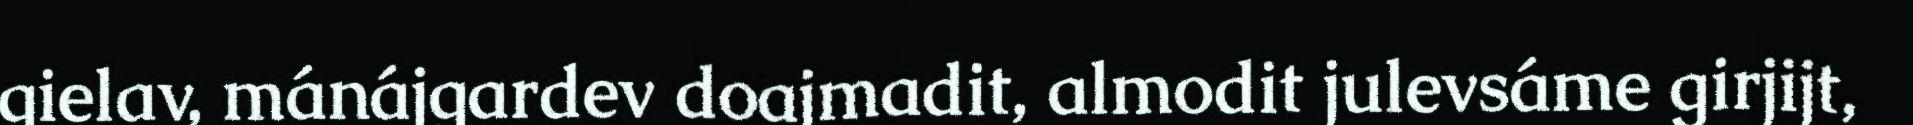
gielav, mánájgardev doajmadit, almodit julevsáme girjijt,